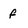
Character: f